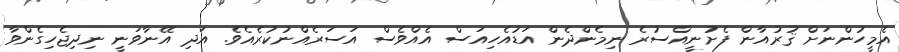
އެމީހުންނަށް ޤުރުއާން ފެށުނީއްސުރެ ނިމެންދެން އަޑުއެހިއަސް އެއްވެސް އަސަރެއްނުކުރެއެވެ. އަދި އޭނާވަނީ ނިދިޖެހިގެންވާ